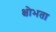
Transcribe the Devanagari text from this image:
क्षोभता